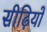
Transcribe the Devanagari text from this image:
सीढ़ियों